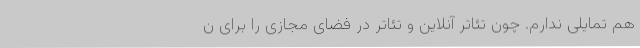
هم تمایلی ندارم. چون تئاتر آنلاین و تئاتر در فضای مجازی را برای ن